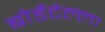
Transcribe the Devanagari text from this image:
बोर्डेटेल्ला